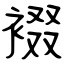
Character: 裰